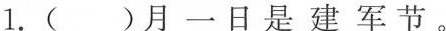
1.( )月一日是建军节。